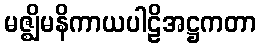
မဇ္ဈိမနိကာယပါဠိအဋ္ဌကတာ